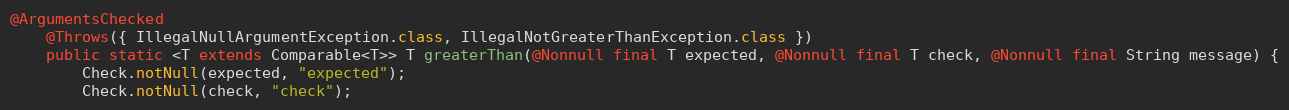
Language: Java
@ArgumentsChecked
	@Throws({ IllegalNullArgumentException.class, IllegalNotGreaterThanException.class })
	public static <T extends Comparable<T>> T greaterThan(@Nonnull final T expected, @Nonnull final T check, @Nonnull final String message) {
		Check.notNull(expected, "expected");
		Check.notNull(check, "check");